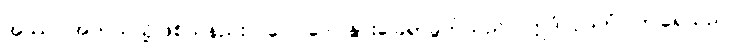
အဿ၊ အဘယ်သို့ဖြစ်သနည်း။ ဂေါပဒေ၊ နွားခြေရာခွက်သည်။ ဣဒံ ဥဒကံ၊ ဤရေသည်။